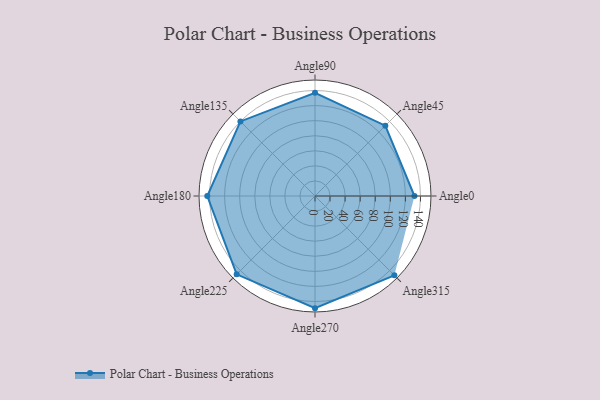
{"axis": {"x": "Angle", "y": "Radius"}, "legend": [""], "data": [{"x": "Angle0", "y": 132.0, "type": ""}, {"x": "Angle45", "y": 132.0, "type": ""}, {"x": "Angle90", "y": 137.0, "type": ""}, {"x": "Angle135", "y": 140.0, "type": ""}, {"x": "Angle180", "y": 143.0, "type": ""}, {"x": "Angle225", "y": 147.0, "type": ""}, {"x": "Angle270", "y": 149.0, "type": ""}, {"x": "Angle315", "y": 149.0, "type": ""}]}